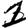
Digit: 1